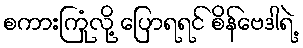
စကားကြုံလို့ ပြောရရင် စိန်ဗေဒါရဲ့